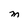
Character: M